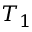
T _ { 1 }